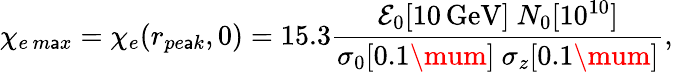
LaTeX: \chi_{e\, m\mathsf{a}x}=\chi_{e}(r_{pe\mathsf{a}k},0)=15.3\frac{{\mathcal{{E}}_{0}[\mathrm{{10\, GeV}}]\ N_{0}[10^{10}]}}{{\sigma_{0}[0.1\mum]\ \sigma_{z}[0.1\mum]}},